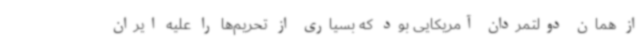
از همان دولتمردان آمریکایی بود که بسیاری از تحریم‌ها را علیه ایران